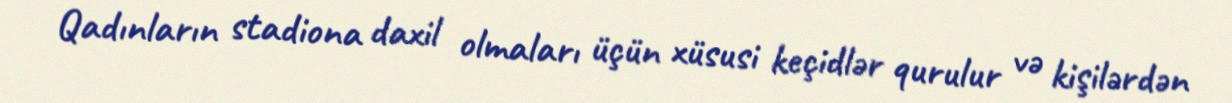
Qadınların stadiona daxil olmaları üçün xüsusi keçidlər qurulur və kişilərdən